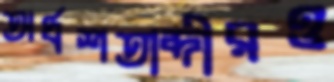
অর্ধশতাব্দীরও